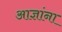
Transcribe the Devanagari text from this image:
आज्ञांना